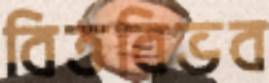
বিত্তবিভব